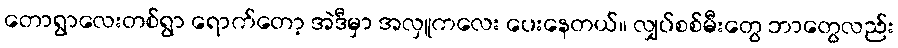
တောရွာလေးတစ်ရွာ ရောက်တော့ အဲဒီမှာ အလှူကလေး ပေးနေတယ်။ လျှပ်စစ်မီးတွေ ဘာတွေလည်း